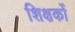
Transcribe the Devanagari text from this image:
शिक्षकोँ